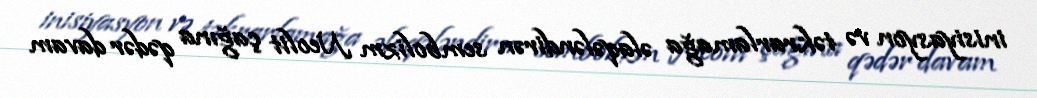
inisiyasyon və təkrarlamağa əlaqələndirən sembolizm Neolit çağına qədər davam